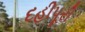
દહીપૂરી